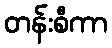
တန်းစီကာ